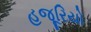
હજૂરિયો